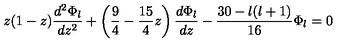
z ( 1 - z ) \frac { d ^ { 2 } \Phi _ { { l } } } { d z ^ { 2 } } + \left( \frac 9 4 - \frac { 1 5 } { 4 } z \right) \frac { d \Phi _ { { l } } } { d z } - \frac { 3 0 - l ( l + 1 ) } { 1 6 } \Phi _ { { l } } = 0